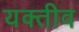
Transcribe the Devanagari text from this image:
यक्तीव